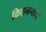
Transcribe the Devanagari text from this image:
किशननाथ